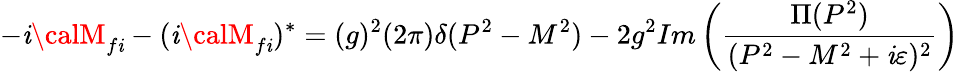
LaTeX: -\mathit{i}{\calM}_{f\mathit{i}}-(\mathit{i}{\calM}_{f\mathit{i}})^{*}=(g)^{2}(2\pi)\delta(P^{2}-M^{2})-2g^{2}Im\left({{\frac{{\Pi(P^{2})}}{{(P^{2}-M^{2}+\mathit{i}\varepsilon)^{2}}}}}\right)